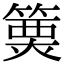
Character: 𥲦